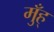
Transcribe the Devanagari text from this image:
मुँह्